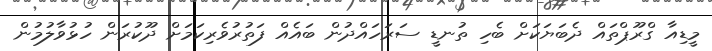
މީޑިއާ ގްރޫޕްތައް ދެބަޔަކަށް ބެހި ތުނޑީ ސަރަހައްދުން ބައެއް ފަތުރުވެރިކަމަށް ދޫކުރަން ހުޅުވާލުމުން